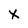
Character: x